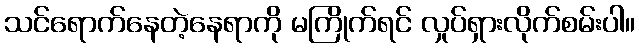
သင်ရောက်နေတဲ့နေရာကို မကြိုက်ရင် လှုပ်ရှားလိုက်စမ်းပါ။